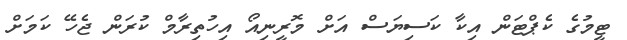
ޓީމުގެ ކެޕްޓަން އިކާ ކަސިޔަސް އަށް މޮރީނިއޯ އިހުތިރާމް ކުރަން ޖެހޭ ކަމަށް